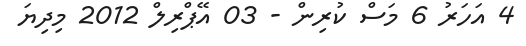
4 އަހަރު 6 މަސް ކުރިން - 03 އޭޕްރިލް 2012 މިދިޔަ